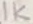
Text: 1K